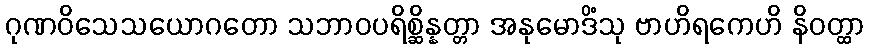
ဂုဏဝိသေသယောဂတော သဘာဝပရိစ္ဆိန္နတ္တာ အနုမောဒိံသု ဗာဟိရကေဟိ နိဝတ္ထာ